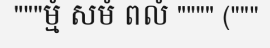
"""ម្មំ សមំ ពលំ """" ("""